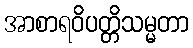
အာစာရဝိပတ္တိသမ္မတာ